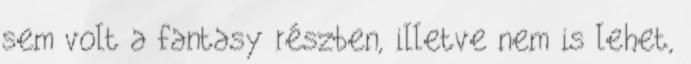
sem volt a fantasy részben, illetve nem is lehet,